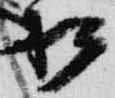
松